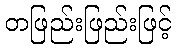
တဖြည်းဖြည်းဖြင့်